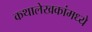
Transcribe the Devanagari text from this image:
कथालेखकांमध्ये